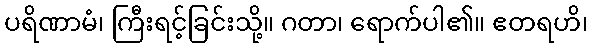
ပရိဏာမံ၊ ကြီးရင့်ခြင်းသို့။ ဂတာ၊ ရောက်ပါ၏။ ဧတရဟိ၊